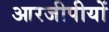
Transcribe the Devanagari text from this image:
आरजीपीयों